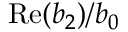
\mathrm { R e } ( b _ { 2 } ) / b _ { 0 }